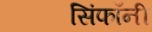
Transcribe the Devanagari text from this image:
सिंफॉनी